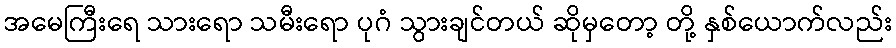
အမေကြီးရေ သားရော သမီးရော ပုဂံ သွားချင်တယ် ဆိုမှတော့ တို့ နှစ်ယောက်လည်း